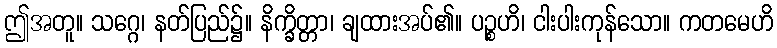
ဤအတူ။ သဂ္ဂေ၊ နတ်ပြည်၌။ နိက္ခိတ္တာ၊ ချထားအပ်၏။ ပဉ္စဟိ၊ ငါးပါးကုန်သော။ ကတမေဟိ